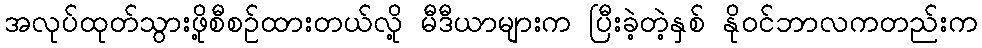
အလုပ်ထုတ်သွားဖို့စီစဉ်ထားတယ်လို့ မီဒီယာများက ပြီးခဲ့တဲ့နှစ် နိုဝင်ဘာလကတည်းက